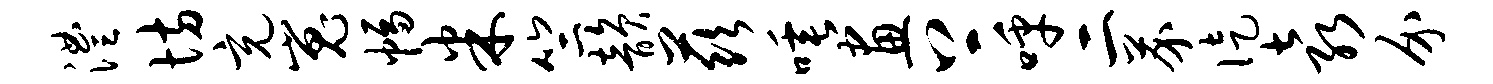
澧坊充嵬幅米竺韵兹唾画上呼二芥徒袁介